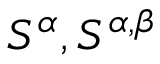
S ^ { \alpha } , S ^ { \alpha , \beta }